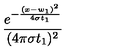
\frac { e ^ { - \frac { ( x - w _ { 1 } ) ^ { 2 } } { 4 \sigma t _ { 1 } } } } { ( 4 \pi \sigma t _ { 1 } ) ^ { 2 } }